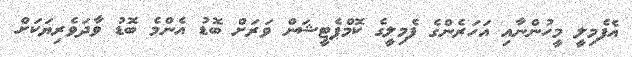
އެފެމިލީ މީހުންނާއި އަހަރެންގެ ފެމިލީގެ ކޮމްޕެޓީޝަން ވަރަށް ބޮޑު އެންމެ ބޮޑު ވާދަވެރިޔަކަށް